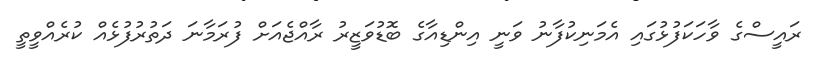
ރައީސްގެ ވާހަކަފުޅުގައި އެމަނިކުފާނު ވަނީ އިންޑިއާގެ ބޮޑުވަޒީރު ރާއްޖެއަށް ފުރަމާނަ ދަތުރުފުޅެއް ކުރެއްވީތީ